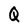
Character: G